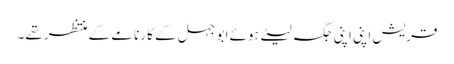
قریش اپنی اپنی جگہ لیٹے ہوئے ابو جہل کے کارنامے کے منتظر تھے۔